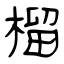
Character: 榴